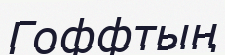
Гоффтың